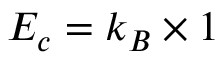
E _ { c } = k _ { B } \times 1